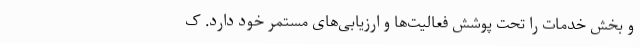
و بخش خدمات را تحت پوشش فعالیت‌ها و ارزیابی‌های مستمر خود دارد. ک